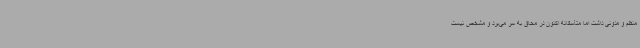
منظم و مدونی داشت اما متأسفانه اکنون در محاق به سر می‌برد و مشخص نیست